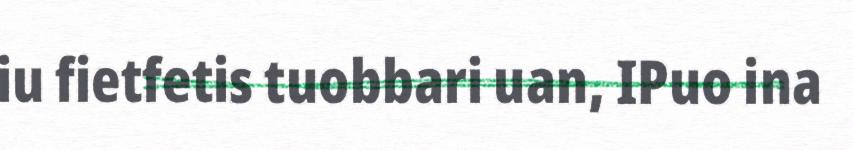
iu fietfetis tuobbari uan, IPuo ina